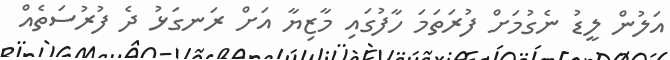
އަލުން ލީޑު ނެގުމަށް ފުރަތަމަ ހާފުގައި މާޒިޔާ އަށް ރަނގަޅު ދެ ފުރުސަތެއް